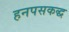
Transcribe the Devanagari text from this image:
हनपसकद्ध